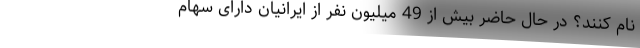
نام کنند؟ در حال حاضر بیش از 49 میلیون نفر از ایرانیان دارای سهام